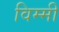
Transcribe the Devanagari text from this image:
विम्मी